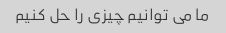
ما می توانیم چیزی را حل کنیم